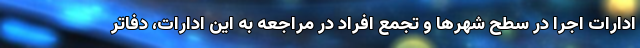
ادارات اجرا در سطح شهرها و تجمع افراد در مراجعه به این ادارات، دفاتر